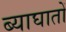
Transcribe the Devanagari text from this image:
ब्याघातों